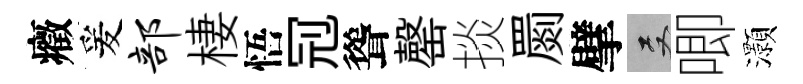
癥爰部棲悟𠜍聳罄掞罽擘双唧灝